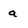
Character: a